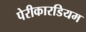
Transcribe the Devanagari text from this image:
पेरीकारडियम